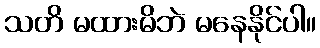
သတိ မထားမိဘဲ မနေနိုင်ပါ။